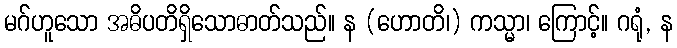
မဂ်ဟူသော အဓိပတိရှိသောဓာတ်သည်။ န (ဟောတိ၊) ကသ္မာ၊ ကြောင့်။ ဂရုံ, န